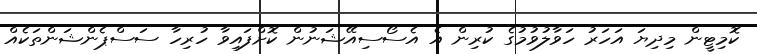
ކޮމިޓީން މިދިޔަ އަހަރު ހަވާލުވުމުގެ ކުރިން އެ އެސޯސިއޭޝަނުން ކޮށްފައިވާ ހުރިހާ ސަސްޕެންޝަންތަކެއް